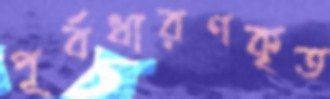
পূর্বধারণকৃত